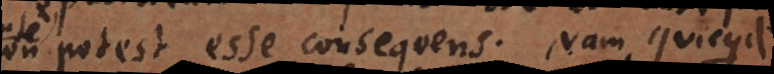
non potest esse consequens. Nam quicquid